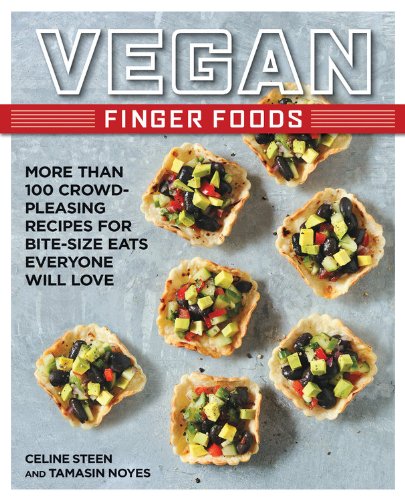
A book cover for Vegan Finger Foods: More Than 100 Crowd-Pleasing Recipes for Bite-Size Eats Everyone Will Love; Celine Steen; Cookbooks, Food & Wine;